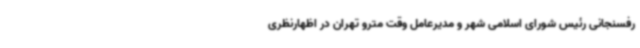
رفسنجانی رئیس شورای اسلامی شهر و مدیرعامل وقت مترو تهران در اظهارنظری